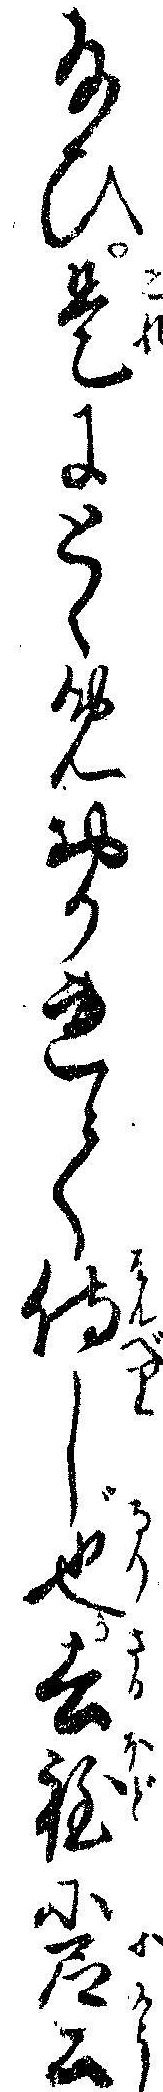
給ひ是にとゝめおかれて侍し也去程に尼公